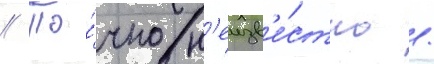
// То́чно н'еизв'е́стно /